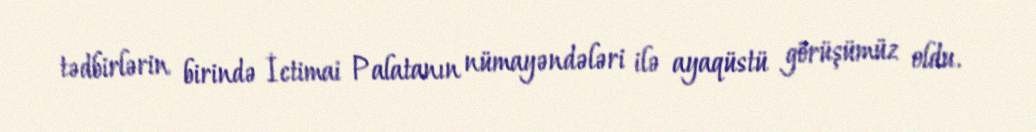
tədbirlərin birində İctimai Palatanın nümayəndələri ilə ayaqüstü görüşümüz oldu.